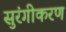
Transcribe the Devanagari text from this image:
सुरंगीकरण